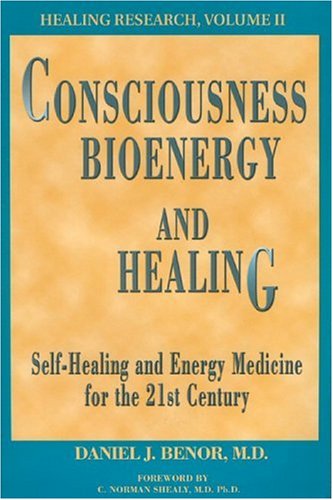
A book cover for Consciousness, Bioenergy and Healing: Self-Healing and Energy Medicine for the 21st Century (Healing Research, Vol. 2; Professional Edition) (Healing Research (Wholitstic Healing)); Dr Daniel J Benor; Biographies & Memoirs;